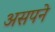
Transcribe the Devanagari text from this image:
असपने